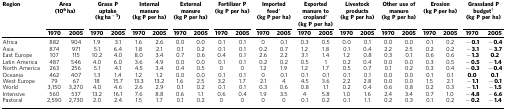
<table><thead><tr><td><b>Region</b></td><td colspan="2"><b>Area (10<sup>6</sup> ha)</b></td><td colspan="2"><b>Grass P uptake (kg ha<sup>−1</sup>)</b></td><td colspan="2"><b>Internal manure (kg P per ha)</b></td><td colspan="2"><b>External manure (kg P per ha)</b></td><td colspan="2"><b>Fertilizer P (kg P per ha)</b></td><td colspan="2"><b>Imported feed*(kg P per ha)</b></td><td colspan="2"><b>Exported manure to cropland*(kg P per ha)</b></td><td colspan="2"><b>Livestock products (kg P per ha)</b></td><td colspan="2"><b>Other use of manure (kg P per ha)</b></td><td colspan="2"><b>Erosion (kg P per ha)</b></td><td colspan="2"><b>Grassland P budget†(kg P per ha)</b></td></tr><tr><td><b> </b></td><td><b>1970</b></td><td><b>2005</b></td><td><b>1970</b></td><td><b>2005</b></td><td><b>1970</b></td><td><b>2005</b></td><td><b>1970</b></td><td><b>2005</b></td><td><b>1970</b></td><td><b>2005</b></td><td><b>1970</b></td><td><b>2005</b></td><td><b>1970</b></td><td><b>2005</b></td><td><b>1970</b></td><td><b>2005</b></td><td><b>1970</b></td><td><b>2005</b></td><td><b>1970</b></td><td><b>2005</b></td><td><b>1970</b></td><td><b>2005</b></td></tr></thead><tbody><tr><td>Africa</td><td>882</td><td>904</td><td>1.9</td><td>3.1</td><td>1.6</td><td>2.6</td><td>0.0</td><td>0.0</td><td>0.1</td><td>0.1</td><td>0</td><td>0.1</td><td>0.3</td><td>0.5</td><td>0.0</td><td>0.1</td><td>0.0</td><td>0.0</td><td>0.1</td><td>0.2</td><td><b>−0.1</b></td><td><b>−0.4</b></td></tr><tr><td>Asia</td><td>874</td><td>971</td><td>5.1</td><td>6.4</td><td>1.8</td><td>2.1</td><td>0.1</td><td>0.2</td><td>0.1</td><td>0.1</td><td>0.2</td><td>0.7</td><td>1.2</td><td>1.8</td><td>0.1</td><td>0.4</td><td>2.2</td><td>2.5</td><td>0.2</td><td>0.2</td><td><b>−3.1</b></td><td><b>−3.7</b></td></tr><tr><td>East Europe</td><td>107</td><td>115</td><td>10.2</td><td>4.0</td><td>8.0</td><td>3.4</td><td>0.7</td><td>0.6</td><td>0.4</td><td>0.1</td><td>2.6</td><td>2.2</td><td>3.1</td><td>1.4</td><td>1.2</td><td>0.8</td><td>0.3</td><td>0.1</td><td>0.6</td><td>0.6</td><td><b>−1.3</b></td><td><b>0.2</b></td></tr><tr><td>Latin America</td><td>487</td><td>546</td><td>4.0</td><td>6.0</td><td>3.6</td><td>4.9</td><td>0.0</td><td>0.0</td><td>0.1</td><td>0.1</td><td>0.2</td><td>0.2</td><td>0.5</td><td>1</td><td>0.2</td><td>0.4</td><td>0.0</td><td>0.0</td><td>0.3</td><td>0.5</td><td><b>−0.5</b></td><td><b>−1.4</b></td></tr><tr><td>North America</td><td>263</td><td>256</td><td>5.1</td><td>4.1</td><td>4.5</td><td>3.4</td><td>0.4</td><td>0.5</td><td>0</td><td>0</td><td>1.2</td><td>1.9</td><td>1.2</td><td>1.7</td><td>0.5</td><td>0.7</td><td>0.1</td><td>0.2</td><td>0.3</td><td>0.4</td><td><b>−0.3</b></td><td><b>−0.4</b></td></tr><tr><td>Oceania</td><td>462</td><td>407</td><td>1.3</td><td>1.4</td><td>1.2</td><td>1.2</td><td>0.0</td><td>0.0</td><td>0.1</td><td>0.1</td><td>0</td><td>0.1</td><td>0.1</td><td>0.1</td><td>0.1</td><td>0.1</td><td>0.0</td><td>0.0</td><td>0.1</td><td>0.1</td><td><b>0.0</b></td><td><b>0.1</b></td></tr><tr><td>West Europe</td><td>79</td><td>67</td><td>18</td><td>15.7</td><td>13.3</td><td>13.2</td><td>1.6</td><td>2.5</td><td>3.2</td><td>1.7</td><td>2.1</td><td>4</td><td>4.5</td><td>3.6</td><td>2.2</td><td>2.8</td><td>0.0</td><td>0.0</td><td>1.5</td><td>2.1</td><td><b>−1.1</b></td><td><b>−0.1</b></td></tr><tr><td>World</td><td>3,150</td><td>3,270</td><td>4.0</td><td>4.6</td><td>2.6</td><td>2.9</td><td>0.1</td><td>0.2</td><td>0.1</td><td>0.1</td><td>0.3</td><td>0.6</td><td>0.8</td><td>1.1</td><td>0.2</td><td>0.4</td><td>0.6</td><td>0.8</td><td>0.2</td><td>0.3</td><td><b>−1.1</b></td><td><b>−1.5</b></td></tr><tr><td>Intensive</td><td>560</td><td>537</td><td>13.2</td><td>16.1</td><td>7.6</td><td>8.8</td><td>0.6</td><td>1.1</td><td>0.6</td><td>0.4</td><td>1.9</td><td>3.5</td><td>4</td><td>5.8</td><td>1.0</td><td>1.6</td><td>2.4</td><td>3.4</td><td>0.7</td><td>1.0</td><td><b>−4.8</b></td><td><b>−6.6</b></td></tr><tr><td>Pastoral</td><td>2,590</td><td>2,730</td><td>2.0</td><td>2.4</td><td>1.5</td><td>1.7</td><td>0.1</td><td>0.2</td><td>0</td><td>0</td><td>0</td><td>0</td><td>0.1</td><td>0.2</td><td>0.1</td><td>1.1</td><td>0.2</td><td>0.3</td><td>0.1</td><td>0.2</td><td><b>−0.2</b></td><td><b>−1.4</b></td></tr></tbody></table>